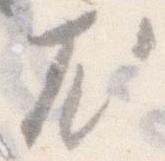
尤